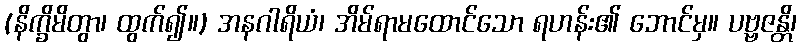
(နိက္ခိမိတွာ၊ ထွက်၍။) အနဂါရိယံ၊ အိမ်ရာမထောင်သော ရဟန်း၏ ဘောင်မှ။ ပဗ္ဗဇန္တိ၊